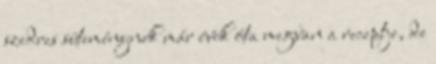
szedres süteménynek már évek óta megvan a receptje, de